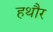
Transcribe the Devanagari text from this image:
हथौर